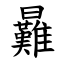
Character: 㬮